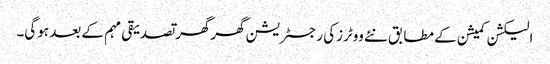
الیکشن کمیشن کے مطابق نئے ووٹرزکی رجسٹریشن گھرگھر تصدیقی مہم کے بعد ہوگی۔